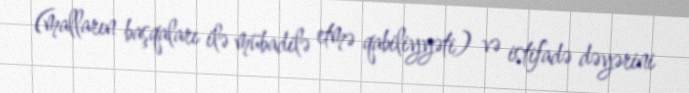
(malların başqaları ilə mübadilə etmə qabiliyyəti) və istifadə dəyərini